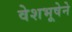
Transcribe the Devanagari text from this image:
वेशभूषेने